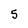
Character: 5